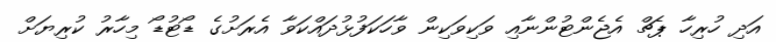
އަދި ހުރިހާ ޕެޗް އެޖެންޓުންނާއި ވަކިވަކިން ވާހަކަފުޅުދައްކަވާ އެރަށުގެ ޑޯޓުޑޯ މިހާރު ކުރިޔަށް